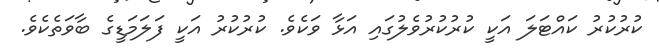
ކުރުކުރު ކައްޓަލަ އަކީ ކުރުކުރުވެލުގައި އަޅާ ވަކެވެ. ކުރުކުރު އަކީ ފަލަމަޑީގެ ބާވަތެކެވެ.